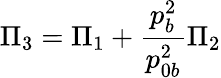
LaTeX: \Pi_{3}=\Pi_{1}+{\frac{p_{b}^{2}}{p_{0b}^{2}}}\Pi_{2}